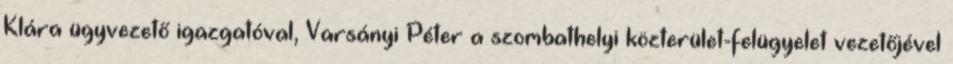
Klára ügyvezető igazgatóval, Varsányi Péter a szombathelyi közterület-felügyelet vezetőjével